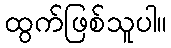
ထွက်ဖြစ်သူပါ။